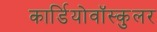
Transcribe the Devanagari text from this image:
कार्डियोवॉस्कुलर